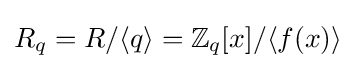
R_{q}=R/\langle q\rangle =\mathbb {Z} _{q}[x]/\langle f(x)\rangle